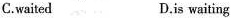
C.waited D.is waiting